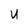
Character: U